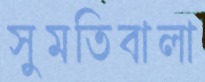
সুমতিবালা